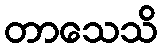
တာသေသိ